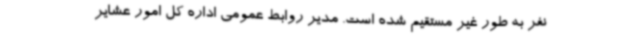
نفر به طور غیر مستقیم شده است. مدیر روابط عمومی اداره کل امور عشایر